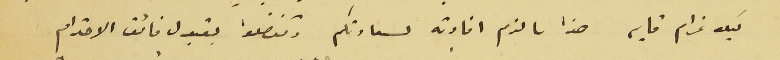
كيلو غرام قايم هذا ما لزم افادته لسعادتكم وتفضلوا بقبول فائق الاحترام